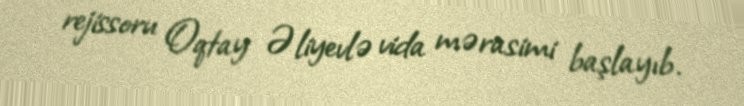
rejissoru Oqtay Əliyevlə vida mərasimi başlayıb.